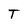
Character: T